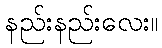
နည်းနည်းလေး။